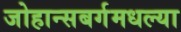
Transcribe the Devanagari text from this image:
जोहान्सबर्गमधल्या